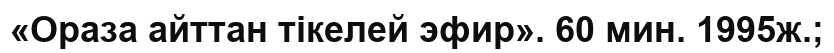
«Ораза айттан тікелей эфир». 60 мин. 1995ж.;